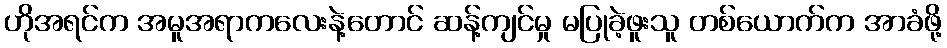
ဟိုအရင်က အမူအရာကလေးနဲ့တောင် ဆန့်ကျင်မှု မပြုခဲ့ဖူးသူ တစ်ယောက်က အာခံဖို့